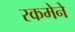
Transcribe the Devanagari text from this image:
रकमेने